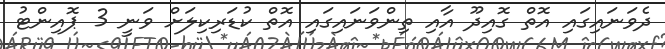
ދެވަނައިގައި އޮތް ގޮއިދޫ އާއި ތިންވަނައިގައި އޮތް ކުޑަރިކިލަށް ވަނީ 3 ޕޮއިންޓު